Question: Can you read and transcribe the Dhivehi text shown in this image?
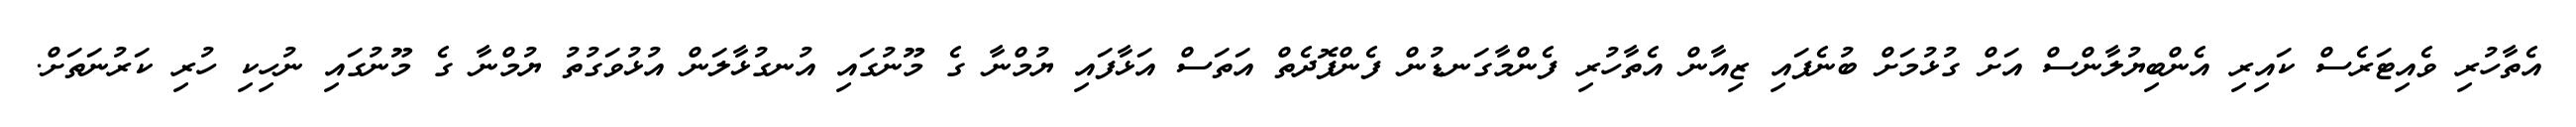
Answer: އެތާހުރި ވެއިޓަރެސް ކައިރި އެންބިޔުލާންސް އަށް ގުޅުމަށް ބުނެފައި ޒިއާން އެތާހުރި ފެންމާގަނޑުން ފެންފޮދެތް އަތަސް އަޅާފައި ޔުމްނާ ގެ މޫނުގައި އުނގުޅާލަން އުޅުވަގުތު ޔުމްނާ ގެ މޫނުގައި ނުހިކި ހުރި ކަރުނަތަށް.